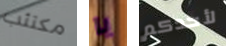
مكتئب يا لأحدكم